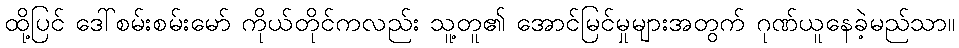
ထို့ပြင် ဒေါ်စမ်းစမ်းမော် ကိုယ်တိုင်ကလည်း သူ့တူ၏ အောင်မြင်မှုများအတွက် ဂုဏ်ယူနေခဲ့မည်သာ။